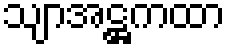
သျာအဋ္ဌကထာ